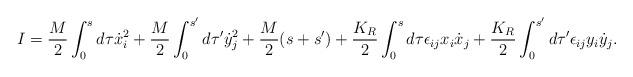
LaTeX: \begin{align*}I=\frac{M}{2}\int_0^{s}d\tau \dot{x}_i^2+\frac{M}{2}\int_0^{s'}d\tau '\dot{y}_j^2+\frac{M}{2}(s+s')+\frac{K_R}{2}\int_0^s d\tau \epsilon_{ij}x_i\dot{x}_j+\frac{K_R}{2}\int_0^{s'} d\tau ' \epsilon_{ij}y_i\dot{y}_j.\end{align*}